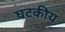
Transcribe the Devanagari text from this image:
घटकीय